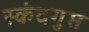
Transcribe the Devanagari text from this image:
स्‍कंदगुप्त